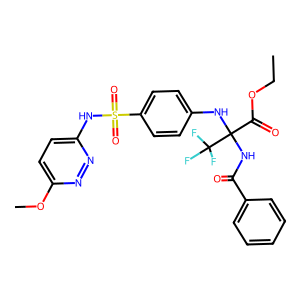
SMILES: CCOC(=O)C(NC(=O)c1ccccc1)(Nc1ccc(S(=O)(=O)Nc2ccc(OC)nn2)cc1)C(F)(F)F
Inhibits HIV replication: No